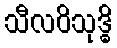
သီလဝိသုဒ္ဓိ